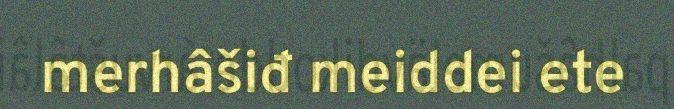
merhâšiđ meiddei ete